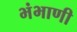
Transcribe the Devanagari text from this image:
भंभाणी